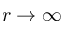
r \rightarrow \infty